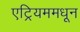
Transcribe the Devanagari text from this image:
एट्रियममधून